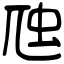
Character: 虺